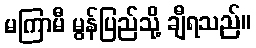
မကြာမီ မွန်ပြည်သို့ ချီရသည်။